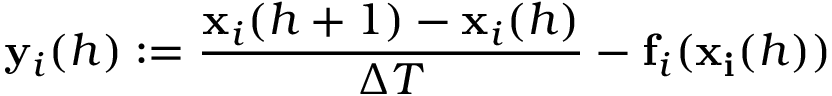
\mathbf { y } _ { i } ( h ) : = \frac { \mathbf { x } _ { i } ( h + 1 ) - \mathbf { x } _ { i } ( h ) } { \Delta T } - \mathbf { f } _ { i } ( \mathbf { x _ { i } } ( h ) )